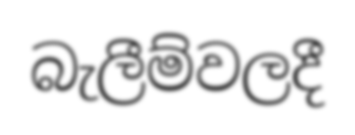
බැලීම්වලදී